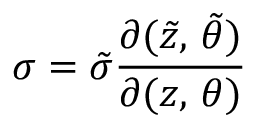
\sigma = { \tilde { \sigma } } \frac { \partial ( { \tilde { z } } , \, { \tilde { \theta } } ) } { \partial ( z , \, \theta ) }